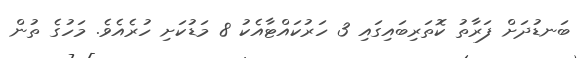
ބަނޑުދަށް ފަރާތު ކޮތަރިބައިގައި 3 ހަރުކައްޓާއެކު 8 މަޑުކަށި ހުރެއެވެ. މަހުގެ ތުން